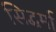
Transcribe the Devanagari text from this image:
सिद्धर्मा